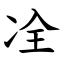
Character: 㓌